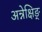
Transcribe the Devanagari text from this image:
अन्नेक्षिङ्